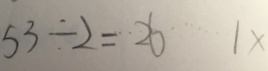
5 3 \div 2 = 2 6 \cdots 1 x